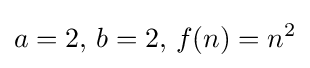
a=2,\,b=2,\,f(n)=n^{2}